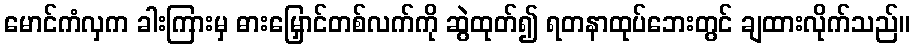
မောင်ကံလှက ခါးကြားမှ ဓားမြှောင်တစ်လက်ကို ဆွဲထုတ်၍ ရတနာထုပ်ဘေးတွင် ချထားလိုက်သည်။